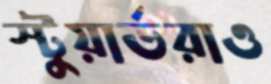
স্টুয়ার্ডরাও